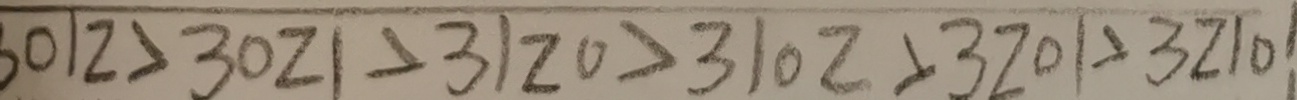
0 1 2 > 3 0 2 1 > 3 1 2 0 > 3 1 0 2 > 3 2 0 1 > 3 2 1 0